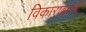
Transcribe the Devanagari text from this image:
विकाराबदची